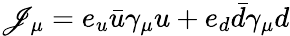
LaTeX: \mathscr{J}_{\mu}=e_{u}\bar{{u}}\gamma_{\mu}u+e_{d}\bar{{d}}\gamma_{\mu}d